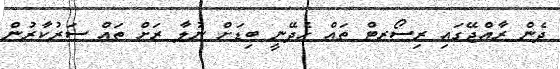
ދެން ރާއްޖޭގައި ރިސޯރޓް ތައް ހެދޭނީ ބިޑަށް ނުލާ ރަށް ތައް ސަރުކާރުން